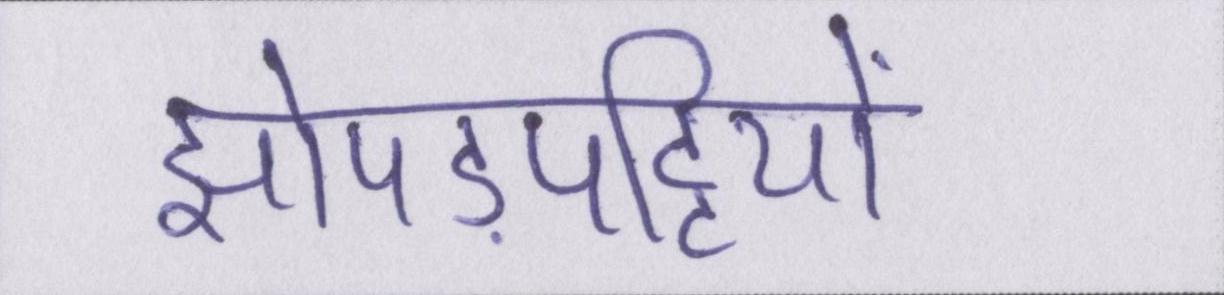
झोपड़पट्टियों